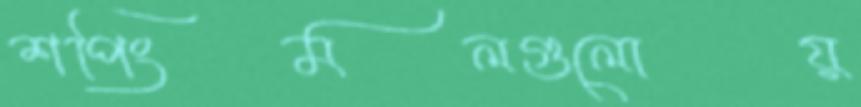
শপিংমলগুলোয়